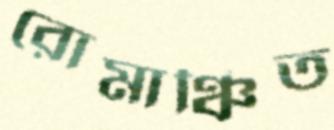
রোমাঞ্চিত